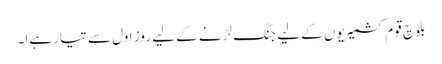
بلوچ قوم کشمیریوں کے لیے جنگ لڑنے کے لیے روزِ اول سے تیار ہےا۔